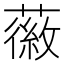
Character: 𫉪